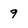
Character: 9